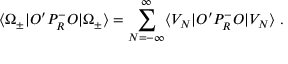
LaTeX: \langle \Omega _ { \pm } | { \cal O } ^ { \prime } P _ { R } ^ { - } { \cal O } | \Omega _ { \pm } \rangle = \sum _ { N = - \infty } ^ { \infty } \langle V _ { N } | { \cal O } ^ { \prime } P _ { R } ^ { - } { \cal O } | V _ { N } \rangle \; .